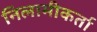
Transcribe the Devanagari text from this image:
निलामीकर्ता